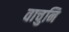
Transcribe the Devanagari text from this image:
वाचुनि